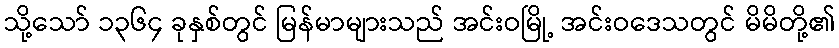
သို့သော် ၁၃၆၄ ခုနှစ်တွင် မြန်မာများသည် အင်းဝမြို့ အင်းဝဒေသတွင် မိမိတို့၏